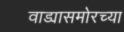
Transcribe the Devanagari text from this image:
वाड्यासमोरच्या